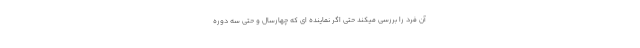
آن فرد را بررسی میکند حتی اگر نماینده ای که چهارسال و حتی سه دوره